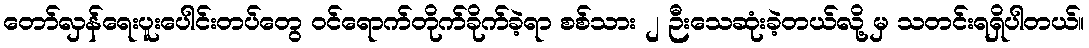
တော်လှန်ရေးပူးပေါင်းတပ်တွေ ဝင်ရောက်တိုက်ခိုက်ခဲ့ရာ စစ်သား ၂ ဉီးသေဆုံးခဲ့တယ်လို့ မှ သတင်းရရှိပါတယ်။